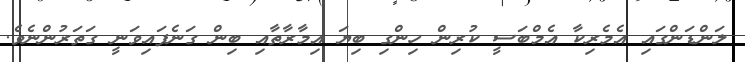
ލަންޑަންގައި އެމެރިކާ އެމްބަސީ ކުރިން ހިންގި ބިޔަ އިމާރާތާއި ބިން ގަނެފައިވަނީ ގަތަރުންނެވެ.